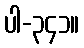
ပါ-၃၄၁။